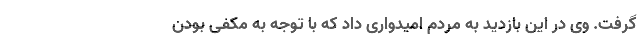
گرفت. وی در این بازدید به مردم امیدواری داد که با توجه به مکفی بودن